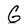
Character: G